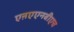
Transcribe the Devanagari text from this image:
एऩएएनबीएच